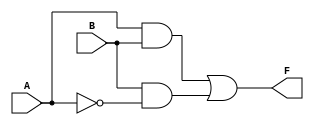
module two_variable_kmap (
    input wire A,  // 1-bit input A
    input wire B,  // 1-bit input B
    output wire F  // 1-bit output F
);

// Define the logic for F based on the K-map
assign F = (A & B) | (B & ~A); // Example: F = A*B + B*A' (when F(1,0) and F(1,1) are 1)

// You can modify the expression above based on your specific K-map values.

endmodule